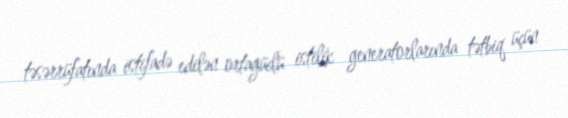
təsərrüfatında istifadə edilən ortagüclü istilik generatorlarında tətbiq üçün